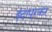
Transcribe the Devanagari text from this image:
इंदापूरकर